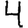
Digit: 4